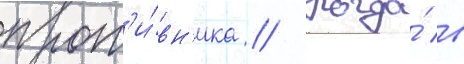
прот'и́вн'ика // Когда́ в